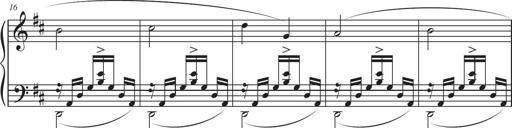
Title: Sonatina in D major
Composer: Shota Saitoh
Key: D major